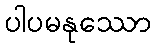
ပါပမနုဿော